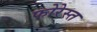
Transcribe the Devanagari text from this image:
फोरेस्त